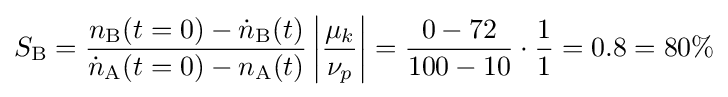
S_{\mathrm {B} }={\frac {{n}_{\mathrm {B} }(t=0)-{\dot {n}}_{\mathrm {B} }(t)}{{\dot {n}}_{\mathrm {A} }(t=0)-n_{\mathrm {A} }(t)}}\left|{\frac {\mu _{k}}{\nu _{p}}}\right|={\frac {0-72}{100-10}}\cdot {\frac {1}{1}}=0.8=80\%